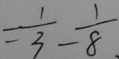
= \frac { 1 } { 3 } - \frac { 1 } { 8 }